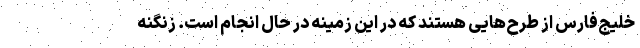
خلیج‌فارس از طرح‌هایی هستند که در این زمینه در حال انجام است. زنگنه